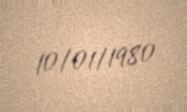
10/01/1980